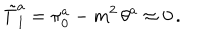
\tilde { T } _ { 1 } ^ { a } = \pi _ { 0 } ^ { a } - m ^ { 2 } \, \theta ^ { a } \approx 0 \, .